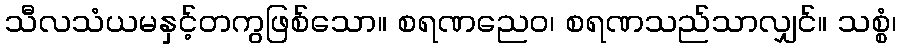
သီလသံယမနှင့်တကွဖြစ်သော။ စရဏညေဝ၊ စရဏသည်သာလျှင်။ သစ္စံ၊